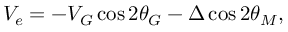
V _ { e } = - V _ { G } \cos 2 \theta _ { G } - \Delta \cos 2 \theta _ { M } ,